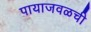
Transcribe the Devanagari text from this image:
पायाजवळची